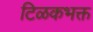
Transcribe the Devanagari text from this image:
टिळकभक्त